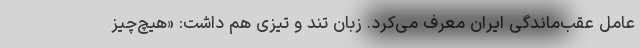
عامل عقب‌ماندگی ایران معرف می‌کرد. زبان تند و تیزی هم داشت: «هیچ‌چیز